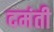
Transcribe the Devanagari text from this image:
दमंती